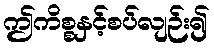
ဤကိစ္စနှင့်စပ်လျဉ်း၍